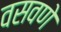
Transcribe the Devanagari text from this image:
वसवणे